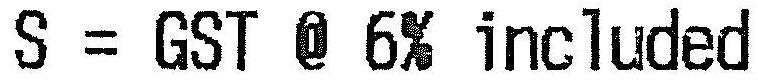
S = GST @ 6% INCLUDED